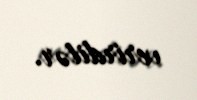
verirdilər.